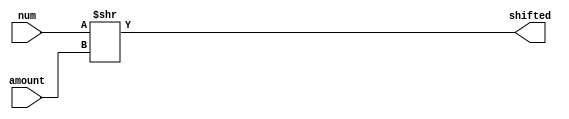
module Shifter(num,amount,shifted);

 input [23:0] num;
 output [23:0] shifted;
 input [7:0] amount;
 assign shifted = num >> amount;
 
endmodule